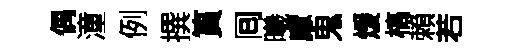
偶潼例撰篔囘曦慮鬼煖槁賴若